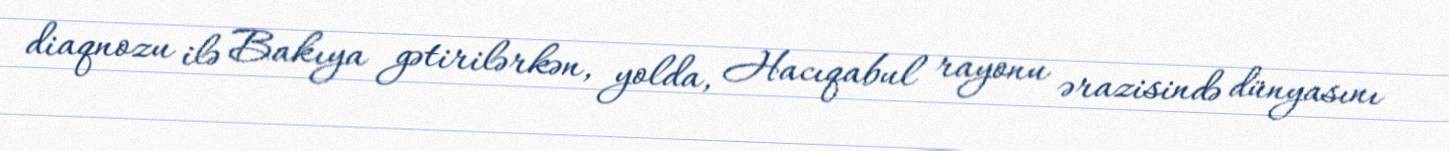
diaqnozu ilə Bakıya gətirilərkən, yolda, Hacıqabul rayonu ərazisində dünyasını